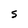
Character: S